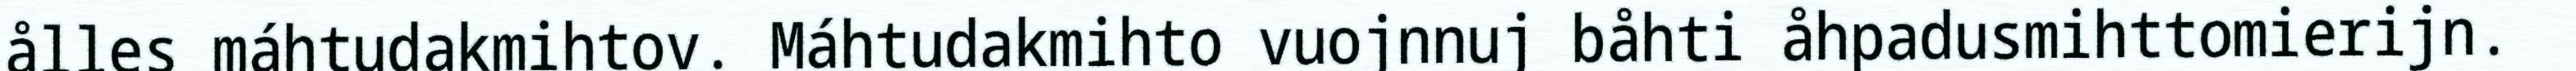
ålles máhtudakmihtov. Máhtudakmihto vuojnnuj båhti åhpadusmihttomierijn.